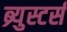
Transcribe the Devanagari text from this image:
ब्र्युस्टर्स